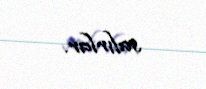
salırlar.